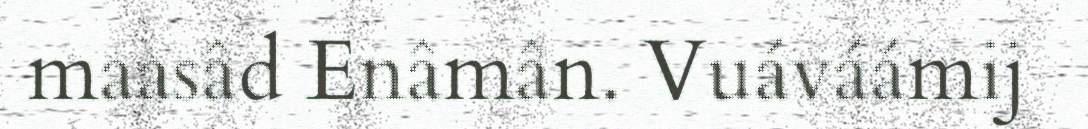
maasâd Enâmân. Vuáváámij